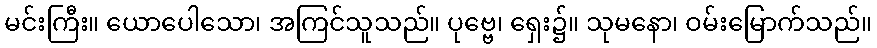
မင်းကြီး။ ယောပေါသော၊ အကြင်သူသည်။ ပုဗ္ဗေ၊ ရှေး၌။ သုမနော၊ ဝမ်းမြောက်သည်။